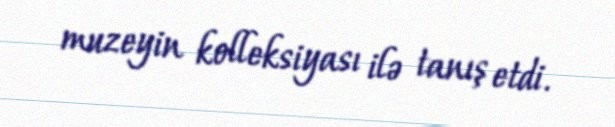
muzeyin kolleksiyası ilə tanış etdi.